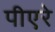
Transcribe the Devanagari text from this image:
पीएरे